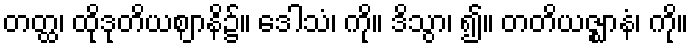
တတ္ထ၊ ထိုဒုတိယဈာနိ၌။ ဒေါသံ၊ ကို။ ဒိသွာ၊ ၍။ တတိယဇ္ဈာနံ၊ ကို။